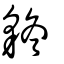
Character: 𧲴